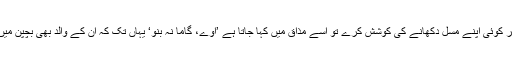
آکسفرڈ یونیورسٹی سے منسلک محقق ڈاکٹر مجید شیخ کہتے ہیں کہ ’اب بھی اگر کوئی اپنے مسل دکھانے کی کوشش کرے تو اسے مذاق میں کہا جاتا ہے ’اوے، گاما نہ بنو‘ یہاں تک کہ ان کے والد بھی بچپن میں ان سے کہتے تھے کہ ’دودھ ختم کرو، ورنہ تم گامے جیسا نہیں بن سکو گے۔